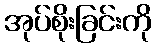
အုပ်စိုးခြင်းကို